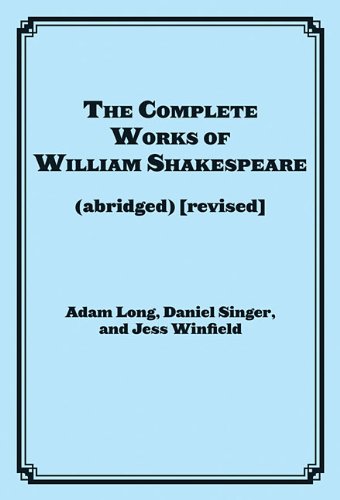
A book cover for The Complete Works of William Shakespeare (abridged) [revised]: Actor's Edition; Adam Long; Literature & Fiction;